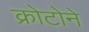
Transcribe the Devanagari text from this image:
क्रोटोने